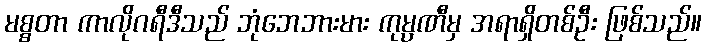
မစ္စတာ ကာလိုဂရီဒီသည် ဘုံဘေဘားမား ကုမ္ပဏီမှ အရာရှိတစ်ဦး ဖြစ်သည်။